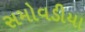
સમોવડીયા